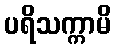
ပရိသက္ကာမိ